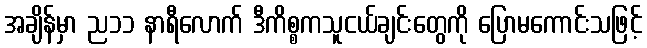
အချိန်မှာ ည၁၁ နာရီလောက် ဒီကိစ္စကသူငယ်ချင်းတွေကို ပြောမကောင်းသဖြင့်